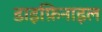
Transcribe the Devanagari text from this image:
डाइफ़िनाइल